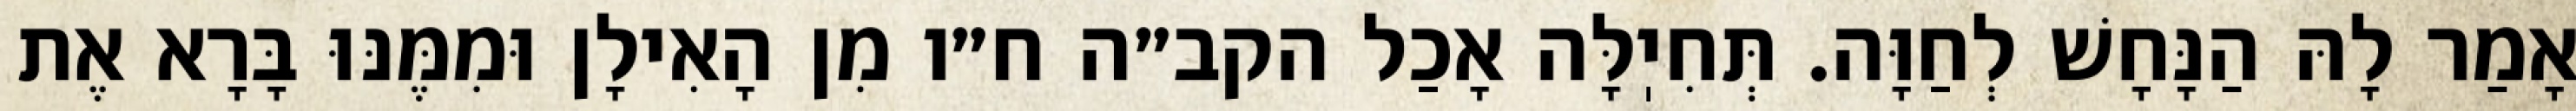
אָמַר לָהּ הַנָּחָשׁ לְחַוָּה. תְּחִיֽלָּה אָכַל הקב״ה ח״ו מִן הָאִילָן וּמִמֶּנּוּ בָּרָא אֶת